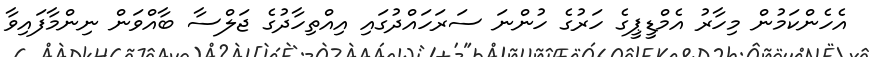
އެހެންކަމުން މިހާރު އެމްޑީޕީގެ ހަރުގެ ހުންނަ ސަރަހައްދުގައި އިއްތިހާދުގެ ޖަލްސާ ބާއްވަން ނިންމާފައިވާ